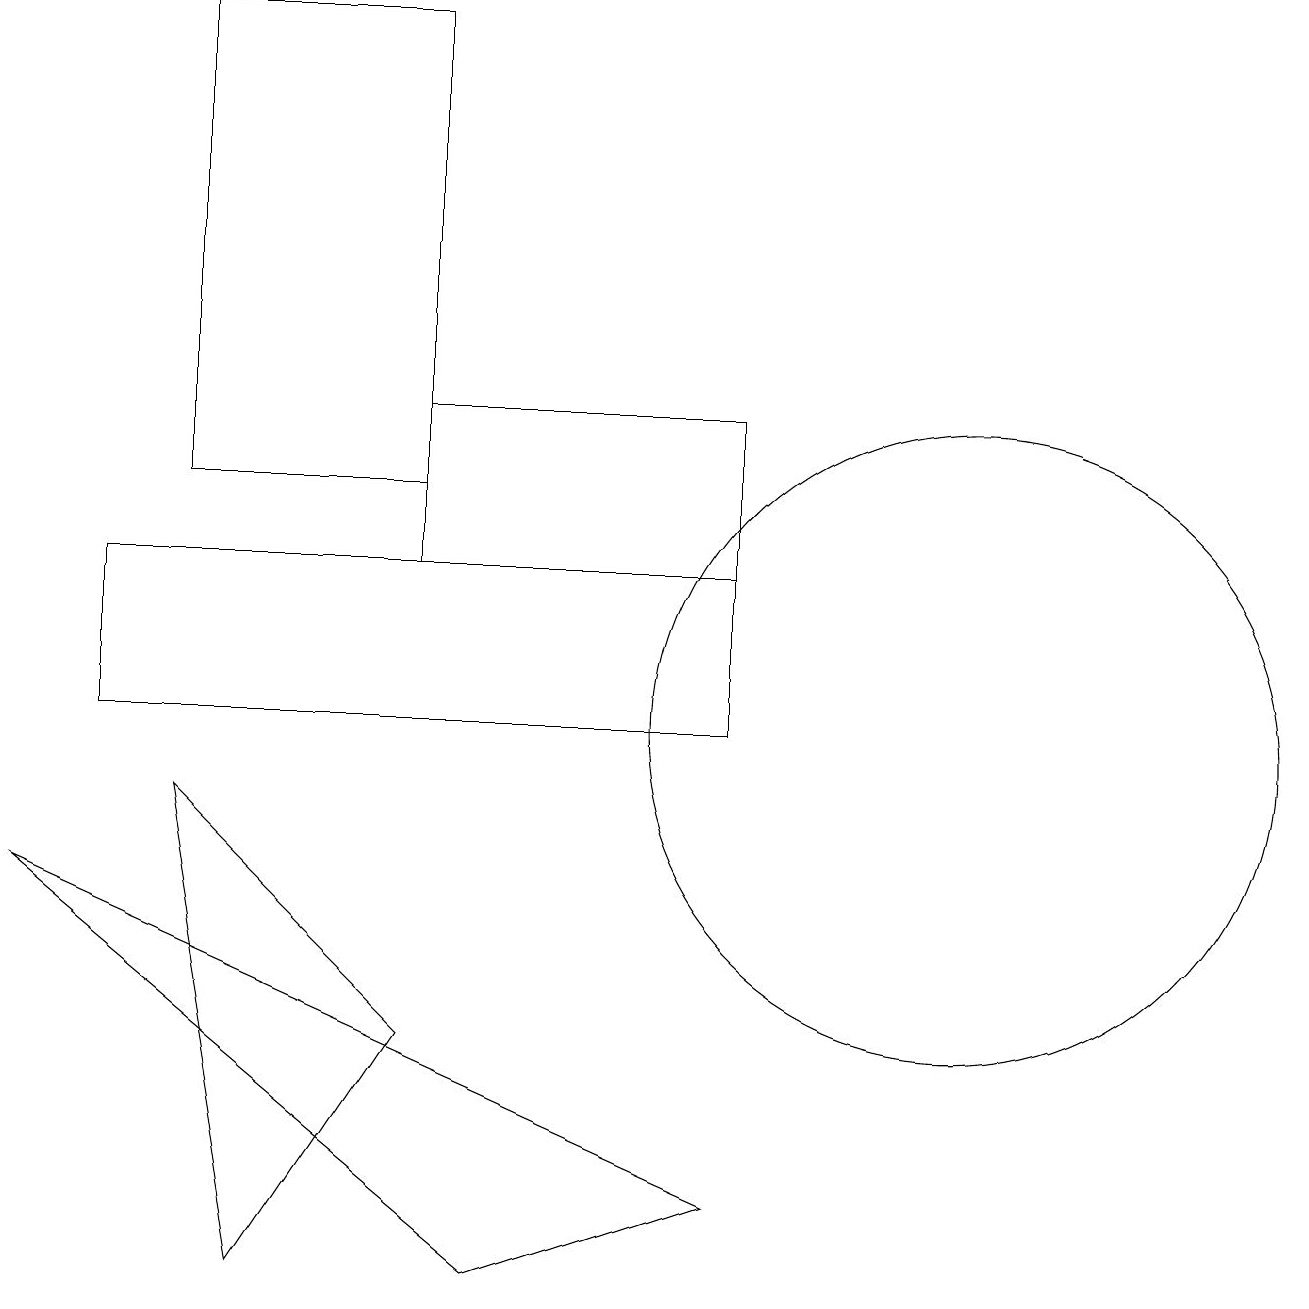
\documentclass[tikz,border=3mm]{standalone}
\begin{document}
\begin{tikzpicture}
\draw (0,8) -- (9,4) -- (6,3) -- cycle;
\draw (3,3) -- (2,9) -- (5,6) -- cycle;
\draw (9,14) rectangle (5,12);
\draw (12,10) circle (4);
\draw (9,10) rectangle (1,12);
\draw (5,13) rectangle (2,19);
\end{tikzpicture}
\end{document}